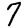
Digit: 7